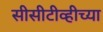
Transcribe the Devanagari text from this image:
सीसीटीव्हीच्या